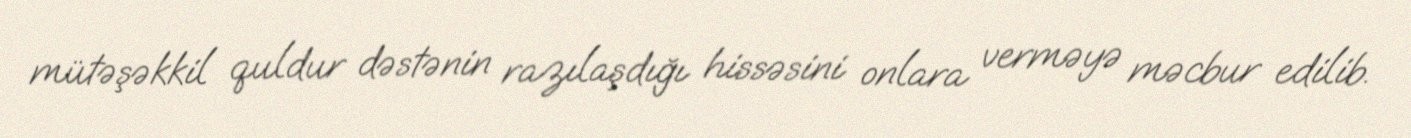
mütəşəkkil quldur dəstənin razılaşdığı hissəsini onlara verməyə məcbur edilib.